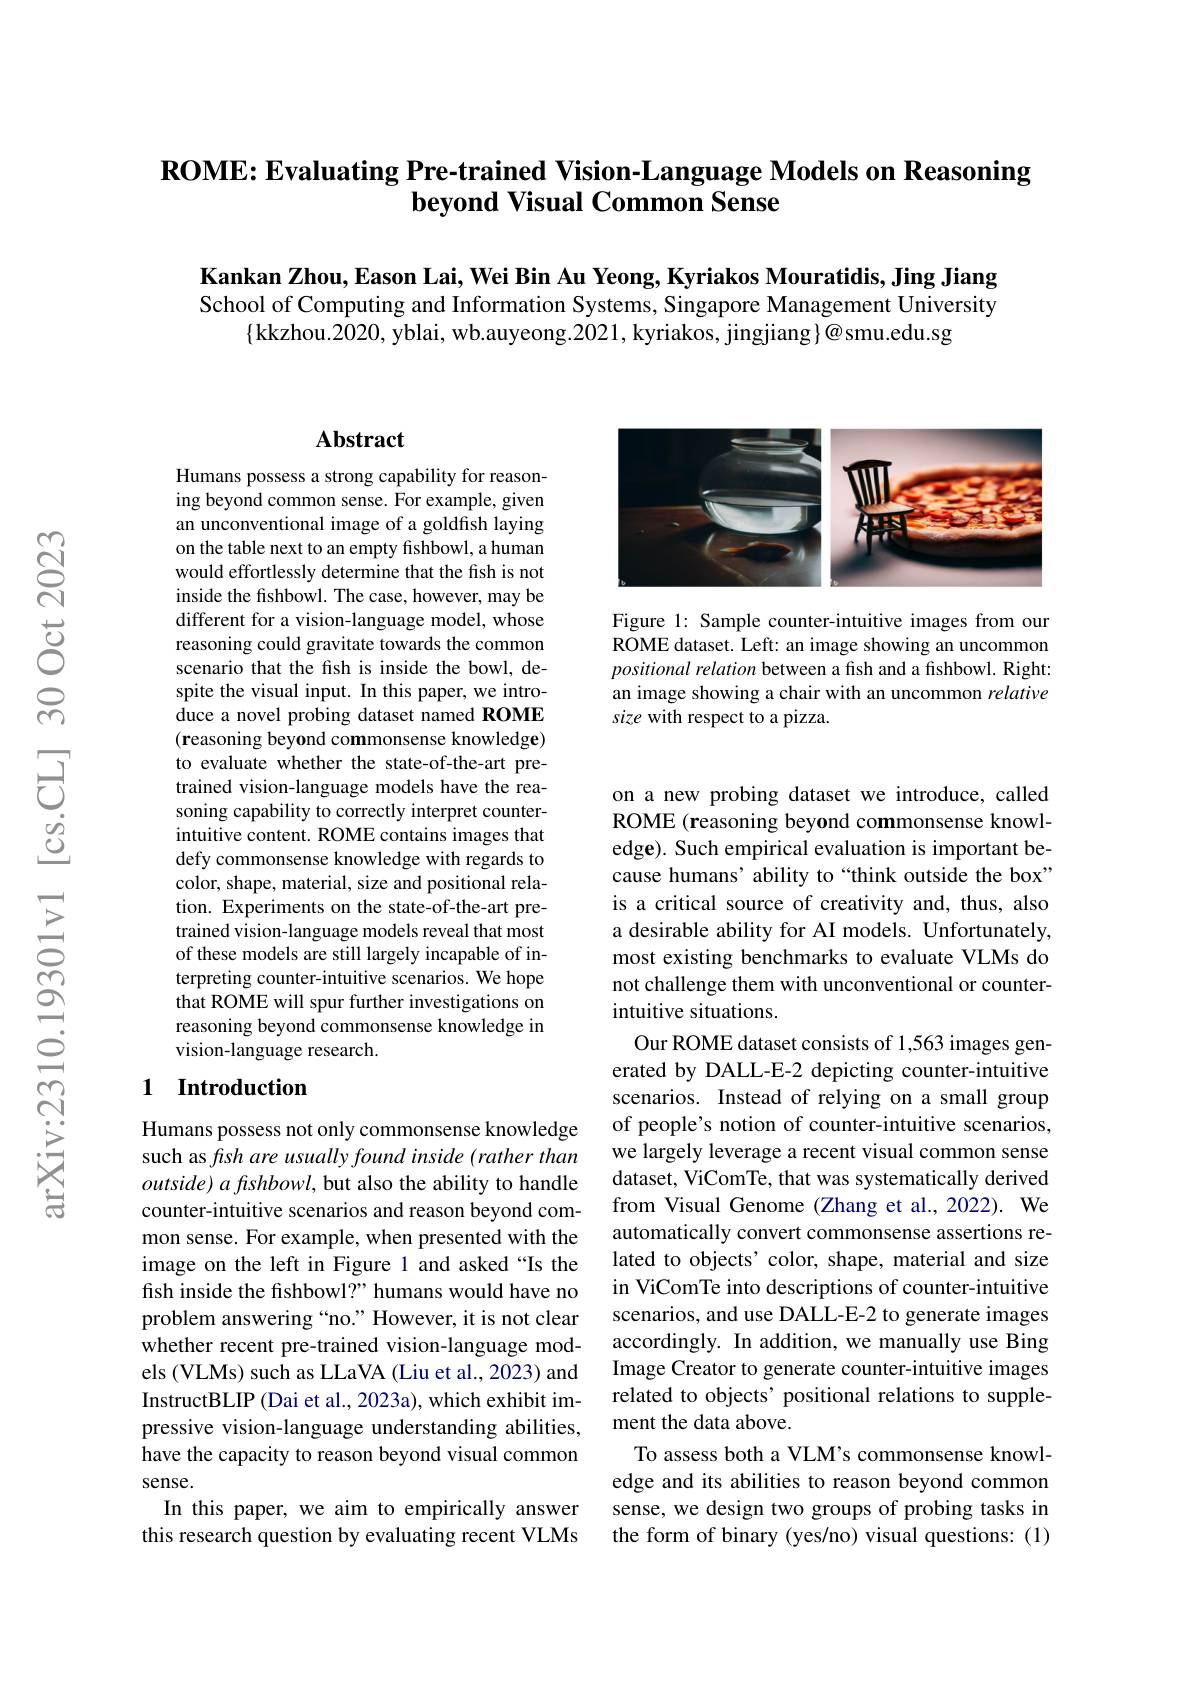
# ROME: Evaluating Pre-trained Vision-Language Models on Reasoning beyond Visual Common Sense

Kankan Zhou, Eason Lai, Wei Bin Au Yeong, Kyriakos Mouratidis, Jing Jiang School of Computing and Information Systems, Singapore Management University
$\{$kkzhou.2020, yblai, wb.auyeong.$\dot2021$,kyriakos, jingjiang}@{smu.edu.sg

## Abstract

Humans possess a strong capability for reasoning beyond common sense. For example, given an unconventional image of a goldfish laying on the table next to an empty fishbowl, a human would effortlessly determine that the fish is not inside the fishbowl. The case, however, may be different for a vision-language model, whose reasoning could gravitate towards the common scenario that the fish is inside the bowl, despite the visual input. In this paper, we introduce a novel probing dataset named ROME $( \textbf{reasoning beyond commonsense knowledge})$ to evaluate whether the state-of-the-art pretrained vision-language models have the reasoning capability to correctly interpret counterintuitive content. ROME contains images that defy commonsense knowledge with regards to color, shape, material, size and positional relation. Experiments on the state-of-the-art pretrained vision-language models reveal that most of these models are still largely incapable of interpreting counter-intuitive scenarios. We hope that ROME will spur further investigations on reasoning beyond commonsense knowledge in vision-language research.

## 1 Introduction

Humans possess not only commonsense knowledge such as fish are usually found inside (rather than $outside)afishbowl$, but also the ability to handle counter-intuitive scenarios and reason beyond common sense. For example, when presented with the image on the left in Figure 1 and asked “Is the fish inside the fishbowl?” humans would have no problem answering “no.”However, it is not clear whether recent pre-trained vision-language models (VLMs) such as LLaVA (Liu et al., 2023) and InstructBLIP (Dai et al., 2023a), which exhibit impressive vision-language understanding abilities, have the capacity to reason beyond visual common sense.
In this paper, we aim to empirically answer this research question by evaluating recent VLMs

<FigureHere>

Figure 1: Sample counter-intuitive images from our ROME dataset. Left: an image showing an uncommon positional relation between a fish and a fishbowl. Right: an image showing a chair with an uncommon relative size with respect to a pizza.

on a new probing dataset we introduce, called ROME (reasoning beyond commonsense knowledge). Such empirical evaluation is important because humans' ability to“think outside the box” is a critical source of creativity and, thus, also a desirable ability for AI models. Unfortunately, most existing benchmarks to evaluate VLMs do not challenge them with unconventional or counterintuitive situations.
Our ROME dataset consists of 1,563 images generated by DALL-E-2 depicting counter-intuitive scenarios. Instead of relying on a small group of people's notion of counter-intuitive scenarios, we largely leverage a recent visual common sense dataset, ViComTe, that was systematically derived from Visual Genome (Zhang et al.,2022). We automatically convert commonsense assertions related to objects' color, shape, material and size in ViComTe into descriptions of counter-intuitive scenarios, and use DALL-E-2 to generate images accordingly. In addition, we manually use Bing Image Creator to generate counter-intuitive images related to objects’ positional relations to supplement the data above.
To assess both a VLM's commonsense knowledge and its abilities to reason beyond common sense, we design two groups of probing tasks in the form of binary (yes/no) visual questions: (1)